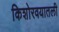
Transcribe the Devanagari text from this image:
किशोरवयातली